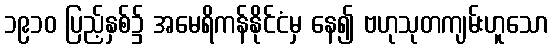
၁၉၁၀ ပြည့်နှစ်၌ အမေရိကန်နိုင်ငံမှ နေ၍ ဗဟုသုတကျမ်းဟူသော